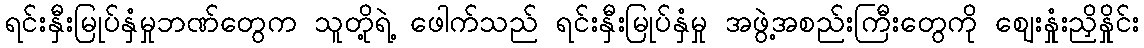
ရင်းနှီးမြုပ်နှံမှုဘဏ်တွေက သူတို့ရဲ့ ဖေါက်သည် ရင်းနှီးမြုပ်နှံမှု အဖွဲ့အစည်းကြီးတွေကို ဈေးနှုံးညှိနှိုင်း